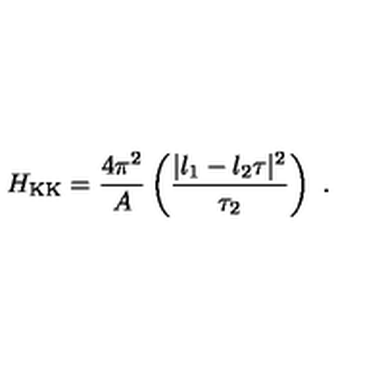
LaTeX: H _ { \mathrm { K K } } = { \frac { 4 \pi ^ { 2 } } { A } } \left( { \frac { | l _ { 1 } - l _ { 2 } \tau | ^ { 2 } } { \tau _ { 2 } } } \right) \ .